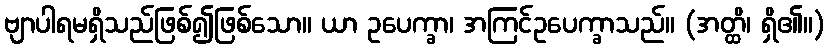
ဗျာပါရမရှိသည်ဖြစ်၍ဖြစ်သော။ ယာ ဥပေက္ခာ၊ အကြင်ဥပေက္ခာသည်။ (အတ္ထိ၊ ရှိ၏။)